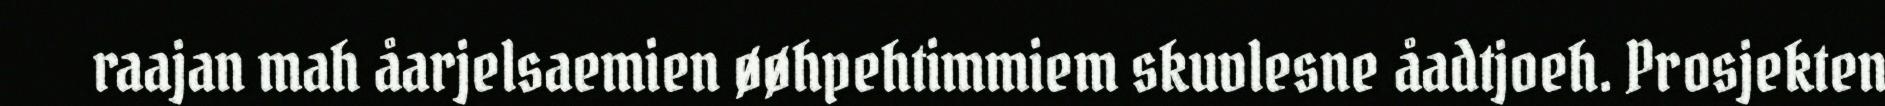
raajan mah åarjelsaemien øøhpehtimmiem skuvlesne åadtjoeh. Prosjekten